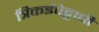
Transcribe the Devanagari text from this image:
त्रिकईपेट्टाची